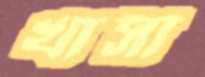
খাসী